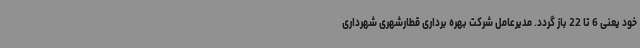
خود یعنی 6 تا 22 باز گردد. مدیرعامل شرکت بهره برداری قطارشهری شهرداری